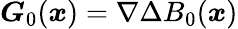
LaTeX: \boldsymbol{G}_{0}(\boldsymbol{x})=\nabla\Delta B_{0}(\boldsymbol{x})